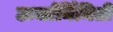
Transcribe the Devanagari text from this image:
ऊर्जार्निमिती